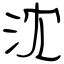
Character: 沈